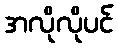
အလိုလိုပင်